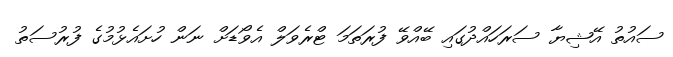
ސައުތު އޭޝިޔާ ސަރަހައްދުގައި ބޭއްވޭ ފުރަތަމަ ޓްރެވަލް އެވޯޑަށް ނަން ހުށައެޅުމުގެ ފުރުސަތު